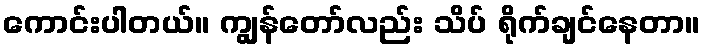
ကောင်းပါတယ်။ ကျွန်တော်လည်း သိပ် ရိုက်ချင်နေတာ။